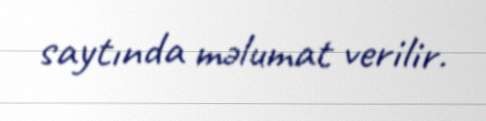
saytında məlumat verilir.